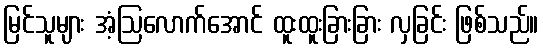
မြင်သူများ အံ့ဩလောက်အောင် ထူးထူးခြားခြား လှခြင်း ဖြစ်သည်။